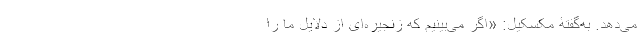
می‌دهد. به‌گفتۀ مکسکیل: «اگر می‌بینیم که زنجیره‌ای از دلایل ما را